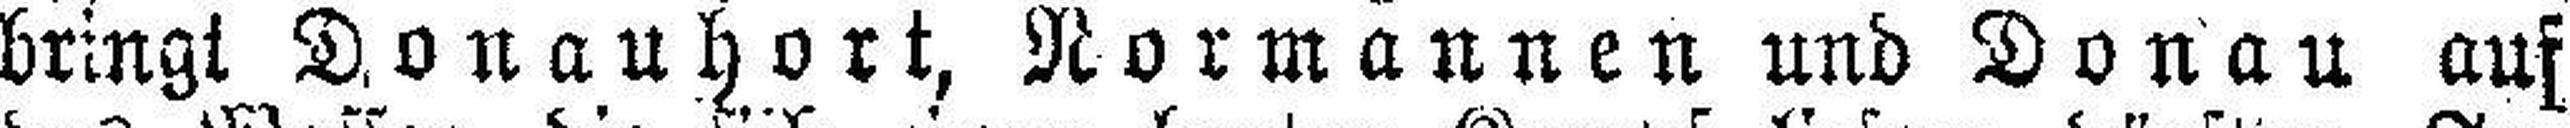
bringt Donauhort, Normannen und Donau auf